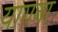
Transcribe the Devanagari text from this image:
यागना